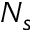
N _ { s }